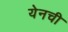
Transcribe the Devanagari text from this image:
येनची